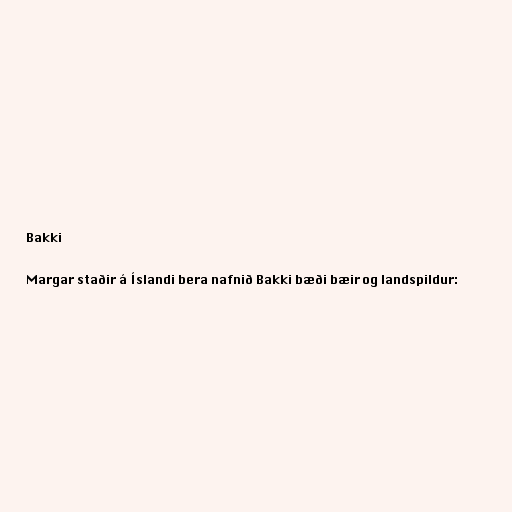
Bakki

Margar staðir á Íslandi bera nafnið Bakki bæði bæir og landspildur: